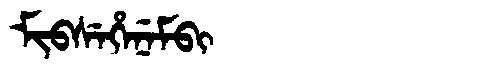
Manchu: ᠮᡳᠪᠰᡝᡥᡝᠨᡝᠮᠪᡳ
Romanization: MIBSEHENEMBI